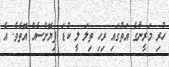
ހުރި މަރީނާގެ އަތުގައި ރިހި ތިލަ ލީ ކުޑަ ފިޔޮށްސެއް އޮތެވެ. އެ